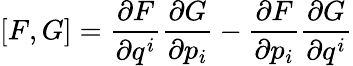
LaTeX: [F,G]=\frac{\partial F}{\partial q^{i}}\frac{\partial G}{\partial p_{i}}-\frac{\partial F}{\partial p_{i}}\frac{\partial G}{\partial q^{i}}